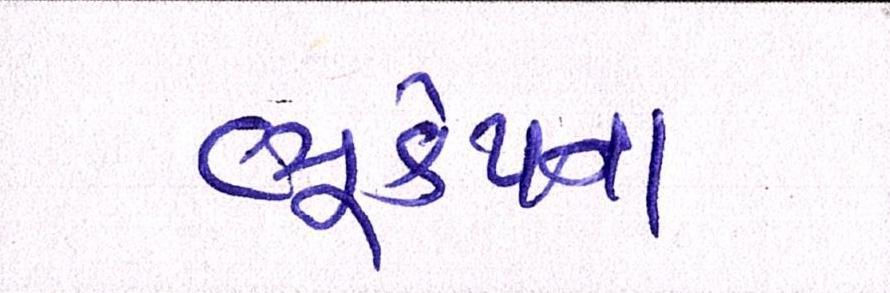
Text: ભૂકંપના